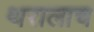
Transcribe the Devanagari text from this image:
थरालाच